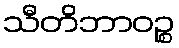
သီတိဘာဝဉ္စ